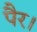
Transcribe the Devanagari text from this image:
पैर।